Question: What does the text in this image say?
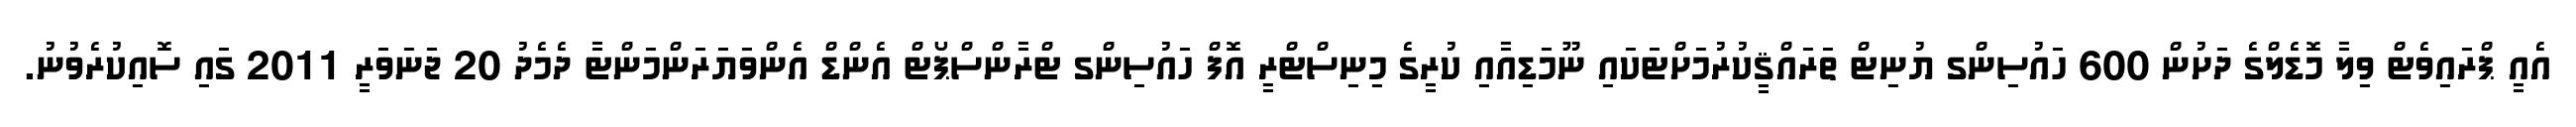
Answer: އެއީ ޕްރައިވެޓް ވިލާ މޮޑެލްގެ ދަށުން 600 ހައުސިންގ ޔުނިޓް ތަރައްޤީކުރުމަށްޓަކައި ނޫމަޑިއާއި ކުރީގެ މިނިސްޓްރީ އޮފް ހައުސިންގ ޓްރާންސްޕޯޓް އެންޑް އެންވަޔަރަންމަންޓާ ދެމެދު 20 ޖަނަވަރީ 2011 ގައި ސޮއިކުރެވުނު.